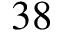
3 8